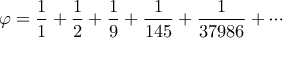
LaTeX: \varphi = { \frac { 1 } { 1 } } + { \frac { 1 } { 2 } } + { \frac { 1 } { 9 } } + { \frac { 1 } { 1 4 5 } } + { \frac { 1 } { 3 7 9 8 6 } } + \cdots